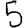
Digit: 5